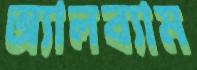
অ্যালব্যাম